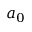
a _ { 0 }